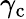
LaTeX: \gamma_{\mathrm{c}}